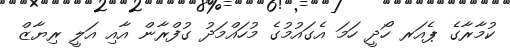
ކުމާރާގެ ޕެއަރ ހޯދީ ހަމަ އެގައުމުގެ މުހައްމަދު ގުފްރާން އާއި އަލީ ރިޔާޒް